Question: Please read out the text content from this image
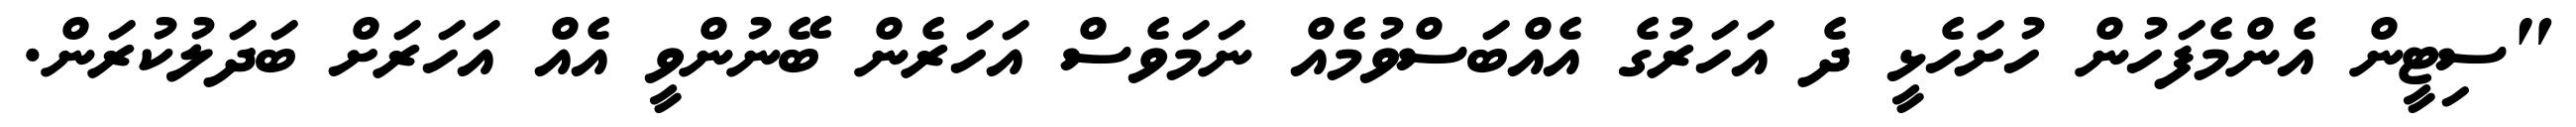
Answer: "ސިޓީން އެންމެފަހުން ހުށަހެޅީ ދެ އަހަރުގެ އެއްބަސްވުމެއް ނަމަވެސް އަހަރެން ބޭނުންވީ އެއް އަހަރަށް ބަދަލުކުރަން.